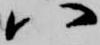
八